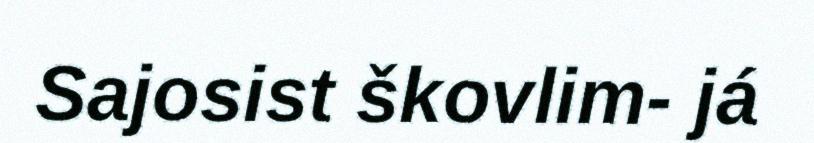
Sajosist škovlim- já